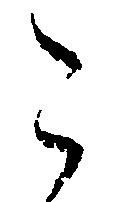
こ